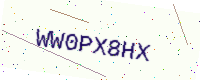
Text: WW0PX8HX